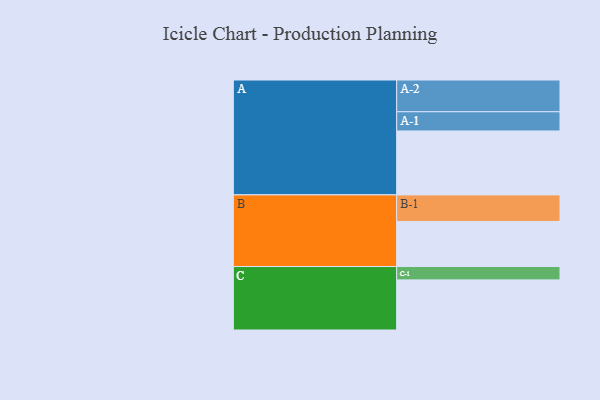
{"axis": {"x": "Segment", "y": "Value"}, "legend": ["", "A", "B", "C"], "data": [{"x": "A", "y": 445, "type": ""}, {"x": "B", "y": 314, "type": ""}, {"x": "C", "y": 349, "type": ""}, {"x": "A-1", "y": 134, "type": "A"}, {"x": "A-2", "y": 221, "type": "A"}, {"x": "B-1", "y": 185, "type": "B"}, {"x": "C-1", "y": 93, "type": "C"}]}